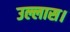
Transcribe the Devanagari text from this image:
उल्लास।